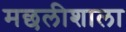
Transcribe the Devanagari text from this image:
मछलीशाला